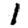
Digit: 1